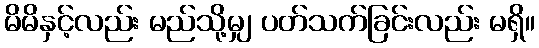
မိမိနှင့်လည်း မည်သို့မျှ ပတ်သက်ခြင်းလည်း မရှိ။